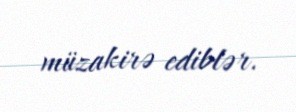
müzakirə ediblər.